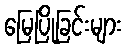
မြေပြိုခြင်းများ